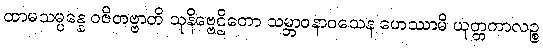
ထာမသမ္ပန္နေ ဝဇိတဗ္ဗာတိ သုနိဗ္ဗေဌိတော သမ္ဘာဝနာဝသေန ဟေဿာမိ ယုတ္တကာလဉ္စ